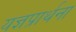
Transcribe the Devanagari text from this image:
यज्ञप्रार्थना